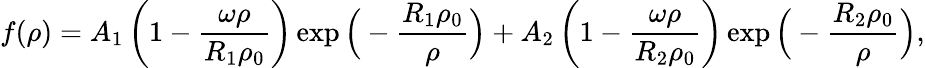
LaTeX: f(\rho)=A_{1}\left(1-\frac{\omega\rho}{R_{1}\rho_{0}}\right)\exp\Big(-\frac{R_{1}\rho_{0}}{\rho}\Big)+A_{2}\left(1-\frac{\omega\rho}{R_{2}\rho_{0}}\right)\exp\Big(-\frac{R_{2}\rho_{0}}{\rho}\Big),